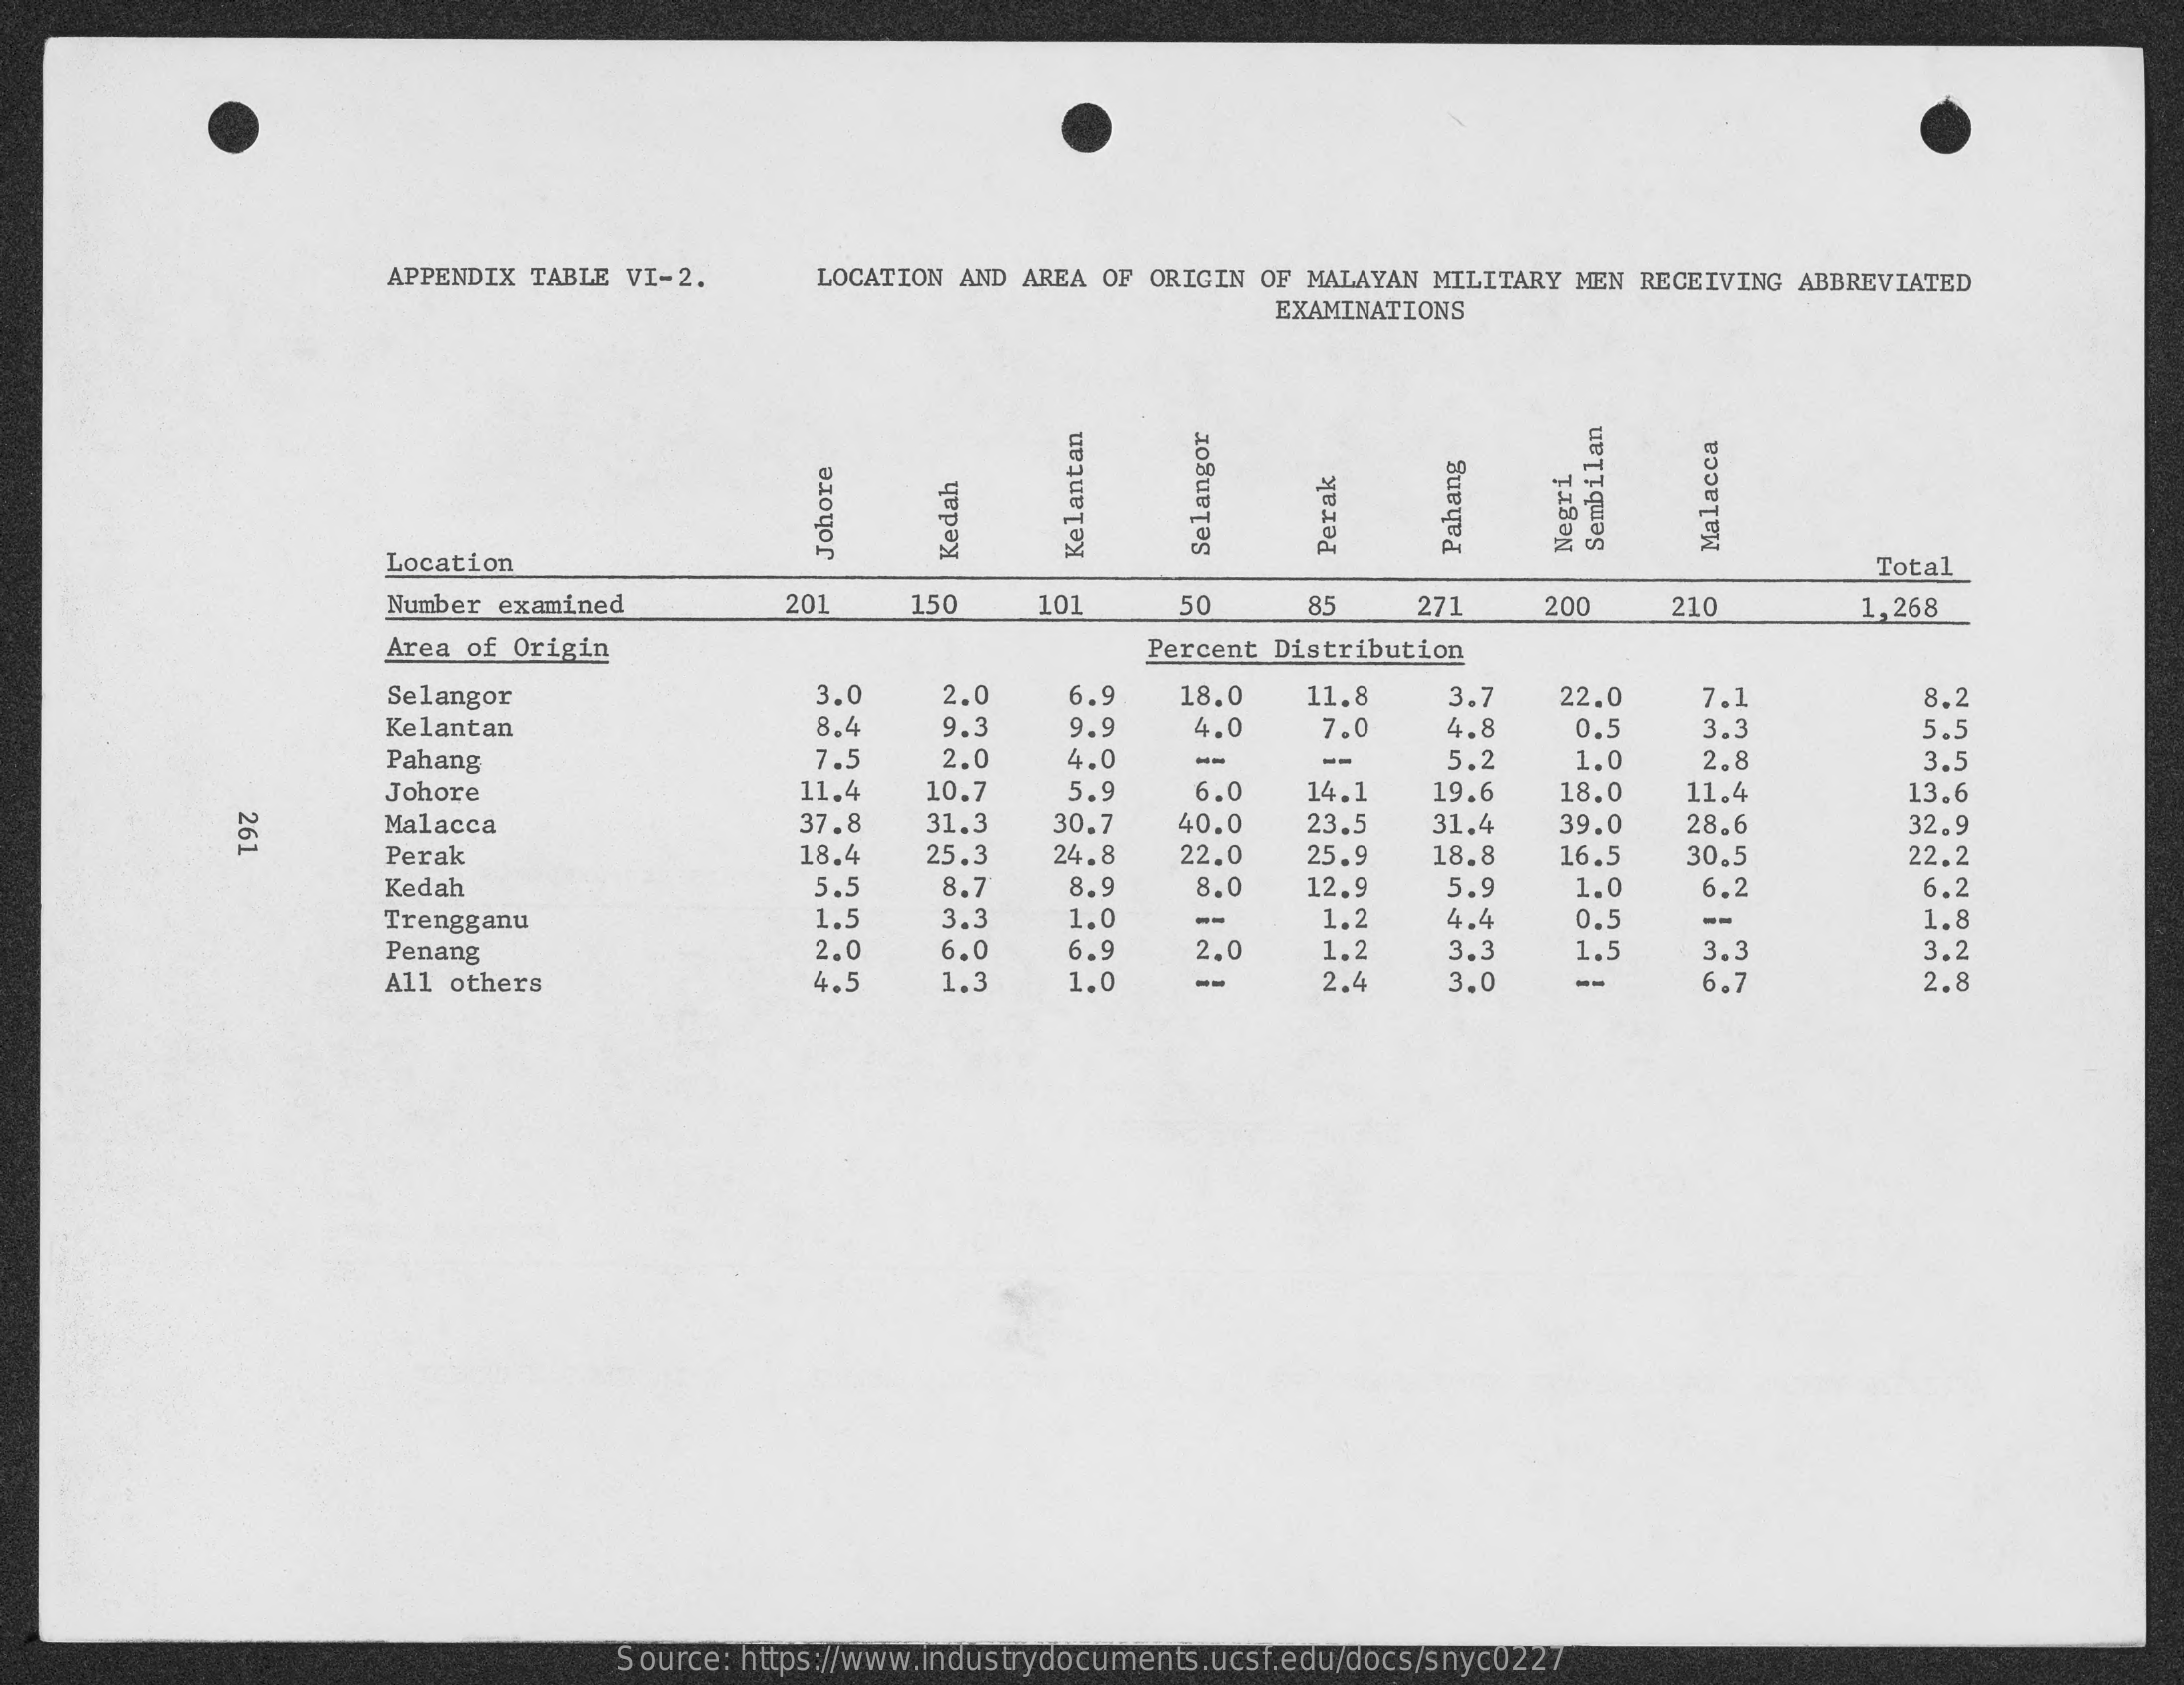
APPENDIX TABLE VI-2.  LOCATION AND AREA OF ORIGIN OF MALAYAN MILITARY MEN RECEIVING ABBREVIATED
     EXAMINATIONS
     Location
     Sembilan Negri Pahang
     Total
     Malacca Selangor Johore Kelantan Kedah Perak
     Number examined    201   150   101    50    85    271   200    210    1,268
     Area of Origin    Percent Distribution
     Selangor    3.0    2.0   6.9   18.0
     Kelantan
     11.8   3.7   22.0   7.1
     8.4   9.    9.9   4.0
     8.2
     7.0   4.8
     7.5    4.0    5.2
     0.5   3.3    5.5
     Pahang    2.0    --    --    1.0   2.8    3.5
     Johore    11.4   10.7   5.9   6.0   14.1   19.6
     30.7
     18.0   11.4    13,6
     Malacca    37.8   31.3    40.0  23.5   31.4  39.0 261 28.6    32.9
     Perak    18.4   25.3  24.8   22.0  25.9   18.8  16.5  30.5    22.2
     Kedah    5.5   8.7    8.9   8.0   12.9   5.9    6.2    6.2
     Trengganu    1.5
     1.0
     3.3    1.0   --
     2.0
     1.2   4.4    0.5   --    1.8
     Penang    6.0   6.9   2.0    1.2   3.3    1.5   3.3    3.2
     All others    4.5    1.3   1.0   --    2.4   3.0    --    6.7    2.8
     Source: https://www.industrydocuments.ucsf.edu/docs/snyc0227